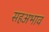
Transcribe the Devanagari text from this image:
सहअभाव